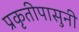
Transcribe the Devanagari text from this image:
प्रकृतीपासुनी